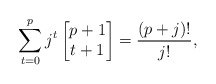
\begin{align*}\sum_{t=0}^{p} j^t \begin{bmatrix} p+1 \\ t+1 \end{bmatrix} = \frac{(p+j)!}{j!},\end{align*}